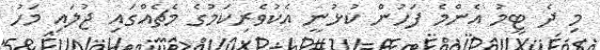
މި ދެ ޓީމު އެންމެ ފަހުން ކުޅުނީ އެކުވެރިކަމުގެ މެޗެއްގައި ޖުލައި މަހު